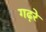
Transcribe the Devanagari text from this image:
गढ़रे